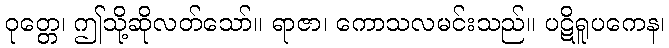
ဝုတ္တေ၊ ဤသို့ဆိုလတ်သော်။ ရာဇာ၊ ကောသလမင်းသည်။ ပဋိရူပကေန၊